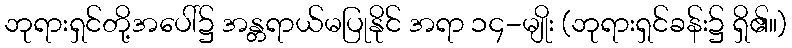
ဘုရားရှင်တို့အပေါ်၌ အန္တရာယ်မပြုနိုင် အရာ ၁၄-မျိုး (ဘုရားရှင်ခန်း၌ ရှိ၏။)